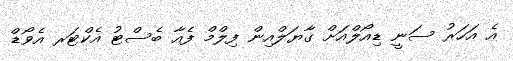
އެ އަހަރު ސަނީ ޑިއޯލްއަށް ގާޔަލްއިން ފިލްމް ފެއާ ބެސްޓު އެކްޓަރ އެވޯޑް